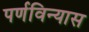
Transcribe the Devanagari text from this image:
पर्णविन्यास